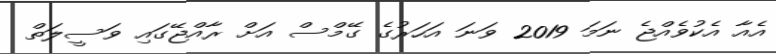
އެއާ އެކުވެއްޖެ ނަމަ 2019 ވަނަ އަހަރުގެ ގޭމްސް އަށް ރާއްޖޭގައި ވަސީލަތް